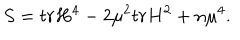
S = t r H ^ { 4 } - 2 { \mu } ^ { 2 } t r H ^ { 2 } + n { \mu } ^ { 4 } .